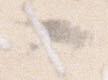
々